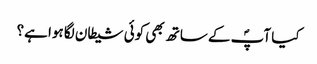
کیا آپؐ کے ساتھ بھی کوئی شیطان لگا ہوا ہے؟